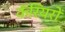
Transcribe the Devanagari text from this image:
कॅरियरों